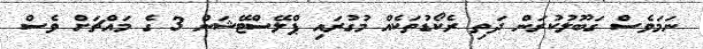
ނަމަވެސް ގަބޫލުކުރަން ދަތި ރެކޯޑުތަކެއް މުގުރައި ޕްލޭސްޓޭޝަން 3 ގެ މައްޗަށް ވެސް